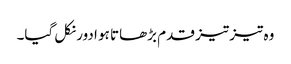
وہ تیز تیز قدم بڑھاتا ہو ادور نکل گیا۔